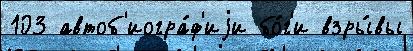
103 автоб'иогра́ф'иjи бо́г'и взры́вы